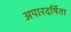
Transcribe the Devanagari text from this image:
अपारदर्षिता